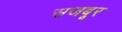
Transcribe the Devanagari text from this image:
सजबूर